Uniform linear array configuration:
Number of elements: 32
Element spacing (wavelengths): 0.75
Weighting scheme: uniform
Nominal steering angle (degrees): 0
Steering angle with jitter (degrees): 0.3602
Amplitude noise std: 0.05
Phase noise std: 0.05

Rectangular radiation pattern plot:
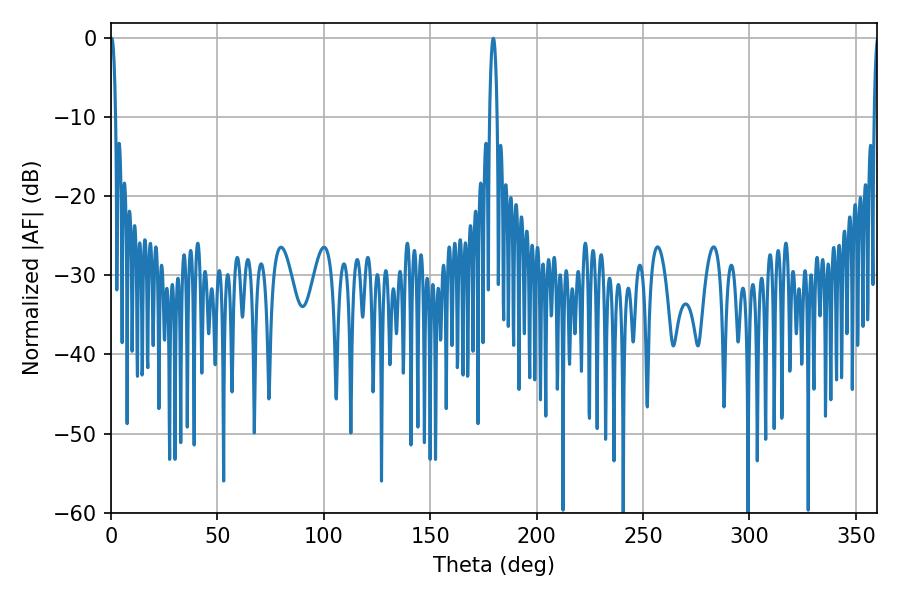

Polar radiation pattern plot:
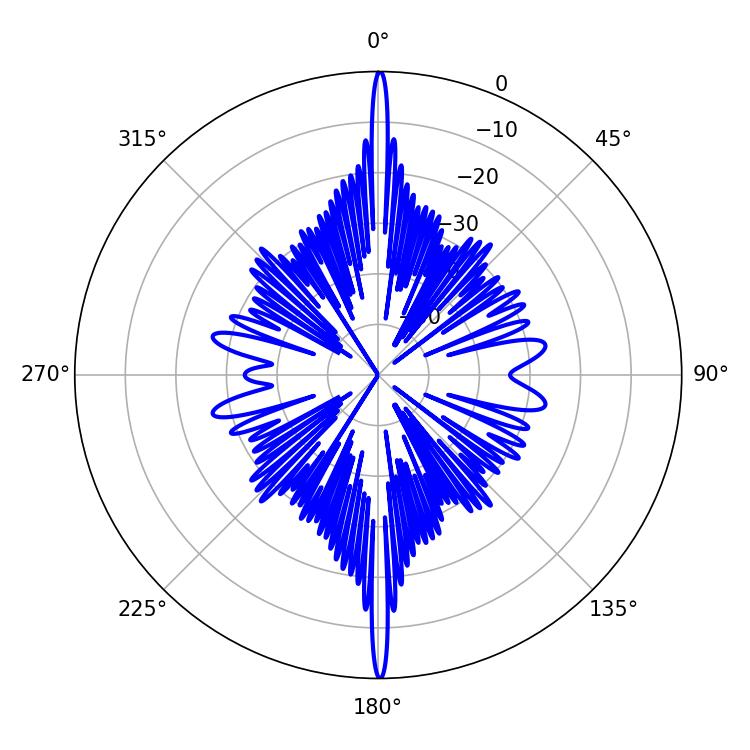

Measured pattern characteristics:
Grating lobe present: TRUE
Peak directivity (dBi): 34.663
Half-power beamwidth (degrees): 1.26
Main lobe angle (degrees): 0.36